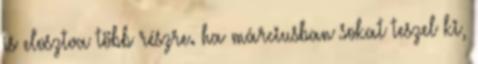
is elosztva több részre. ha márciusban sokat teszel ki,